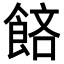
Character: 𬲔